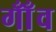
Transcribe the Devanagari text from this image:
गाँँव